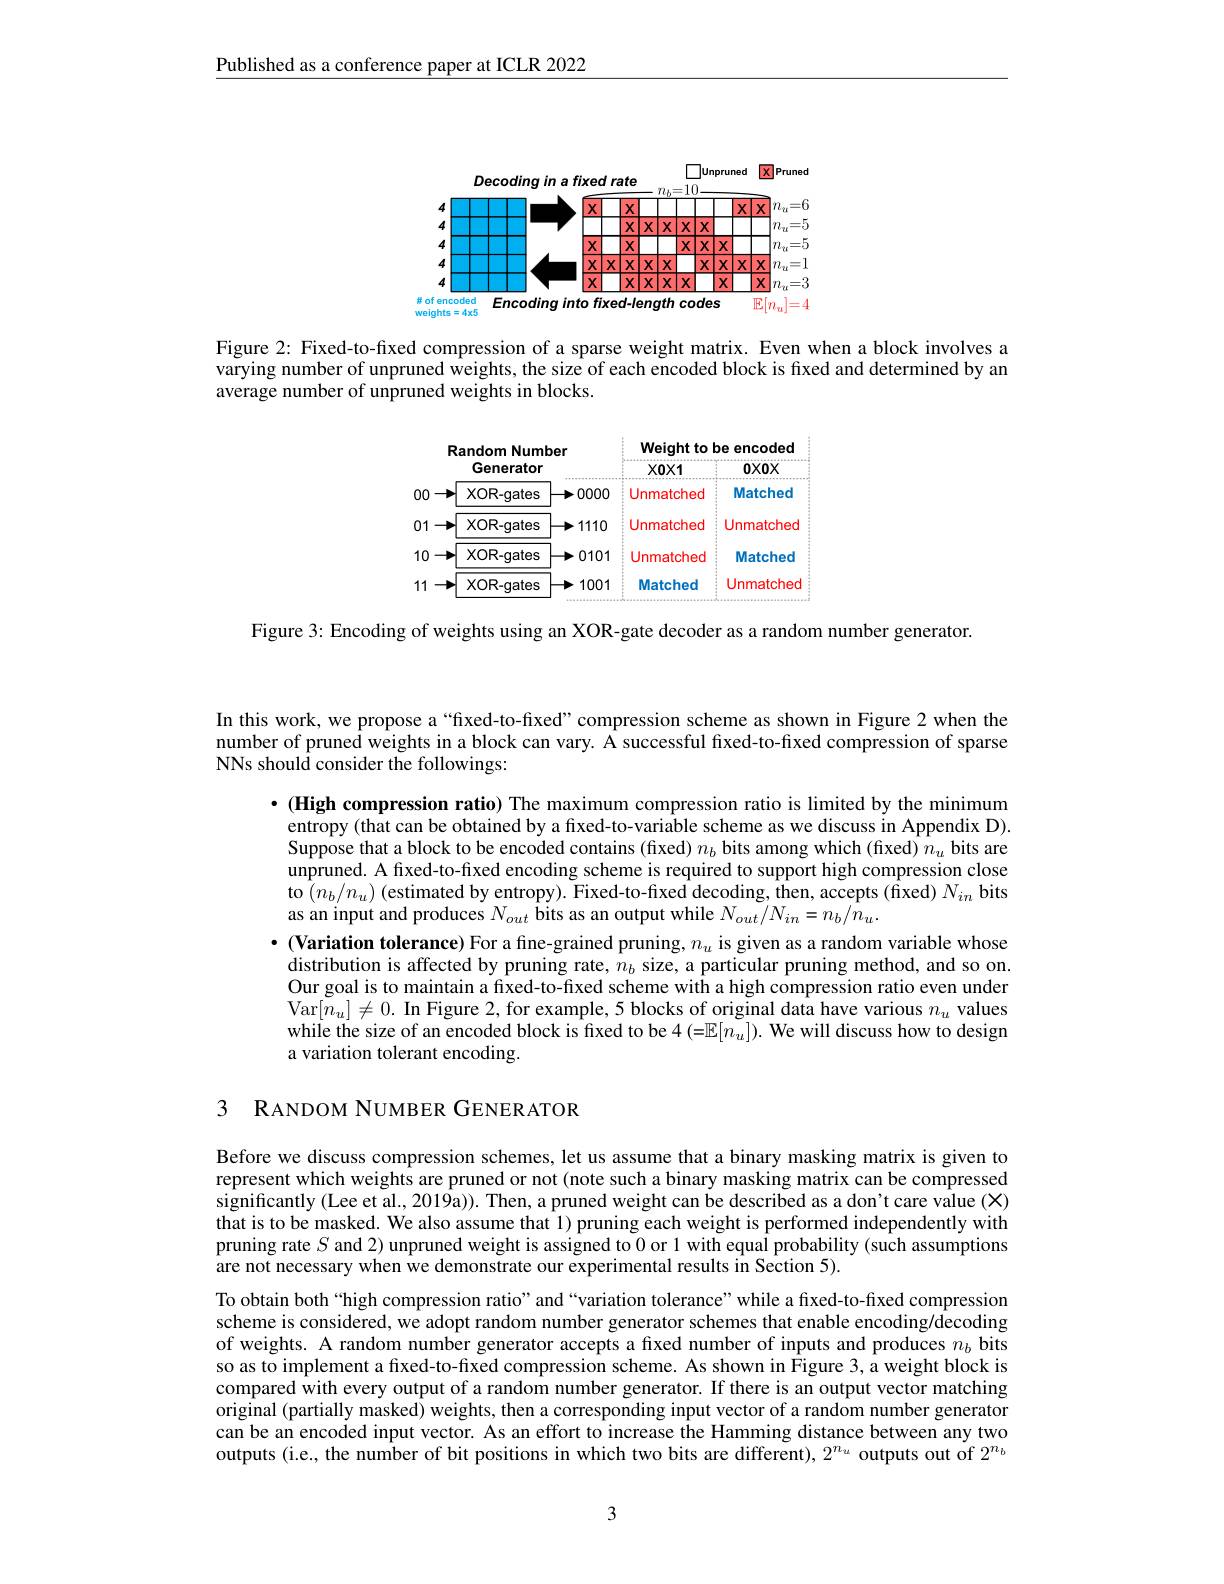
Published as a conference paper at ICLR 2022

<FigureHere>
Encoding into fixed-length codes
$\overline{\mathbb{E}[n_u]=4}$

weights

Figure 2: Fixed-to-fixed compression of a sparse weight matrix. Even when a block involves a varying number of unpruned weights, the size of each encoded block is fixed and determined by an average number of unpruned weights in blocks.

<FigureHere>

Figure 3: Encoding of weights using an XOR-gate decoder as a random number generator.

In this work, we propose a “fixed-to-fixed”compression scheme as shown in Figure 2 when the number of pruned weights in a block can vary. A successful fixed-to-fixed compression of sparse NNs should consider the followings:

$\cdot$ (High compression ratio) The maximum compression ratio is limited by the minimum entropy (that can be obtained by a fixed-to-variable scheme as we discuss in Appendix D). Suppose that a block to be encoded contains (fixed) $n_b$ bits among which (fixed) $n_u$ bits are unpruned. A fixed-to-fixed encoding scheme is required to support high compression close to $(n_b/n_u)$ (estimated by entropy). Fixed-to-fixed decoding, then, accepts (fixed) $N_in$ bits as an input and produces $N_{out}$ bits as an output while $N_out/N_{in}=n_b/\tilde{n}_u.$
$\cdot($Variation tolerance) For a fine-grained pruning, $n_u$ is given as a random variable whose
distribution is affected by pruning rate, $n_b$ size, a particular pruning method, and so on. Our goal is to maintain a fixed-to-fixed scheme with a high compression ratio even under Var$[ \tilde{n} _u] \neq 0. \textbf{In Figure 2, for example, 5 blocks of original data have various }n_u$ values a variation tolerant encoding.

3 RANDOM NUMBER GENER ATOR

Before we discuss compression schemes, let us assume that a binary masking matrix is given to represent which weights are pruned or not (note such a binary masking matrix can be compressed significantly (Lee et al., 2019a)). Then, a pruned weight can be described as a don't care value (X) that is to be masked. We also assume that 1) pruning each weight is performed independently with pruning rate $S$ and 2) unpruned weight is assigned to 0 or 1 with equal probability (such assumptions are not necessary when we demonstrate our experimental results in Section 5).

To obtain both“high compression ratio”and“variation tolerance”while a fixed-to-fixed compression scheme is considered, we adopt random number generator schemes that enable encoding/decoding of weights. A random number generator accepts a fixed number of inputs and produces $n_b$ bits so as to implement a fixed-to-fixed compression scheme. As shown in Figure 3, a weight block is compared with every output of a random number generator. If there is an output vector matching original (partially masked) weights, then a corresponding input vector of a random number generator can be an encoded input vector. As an effort to increase the Hamming distance between any two outputs (i.e., the number of bit positions in which two bits are different), $2^n_u$ outputs out of $2^n_b$

3